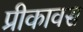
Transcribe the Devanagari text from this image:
प्रीकावस